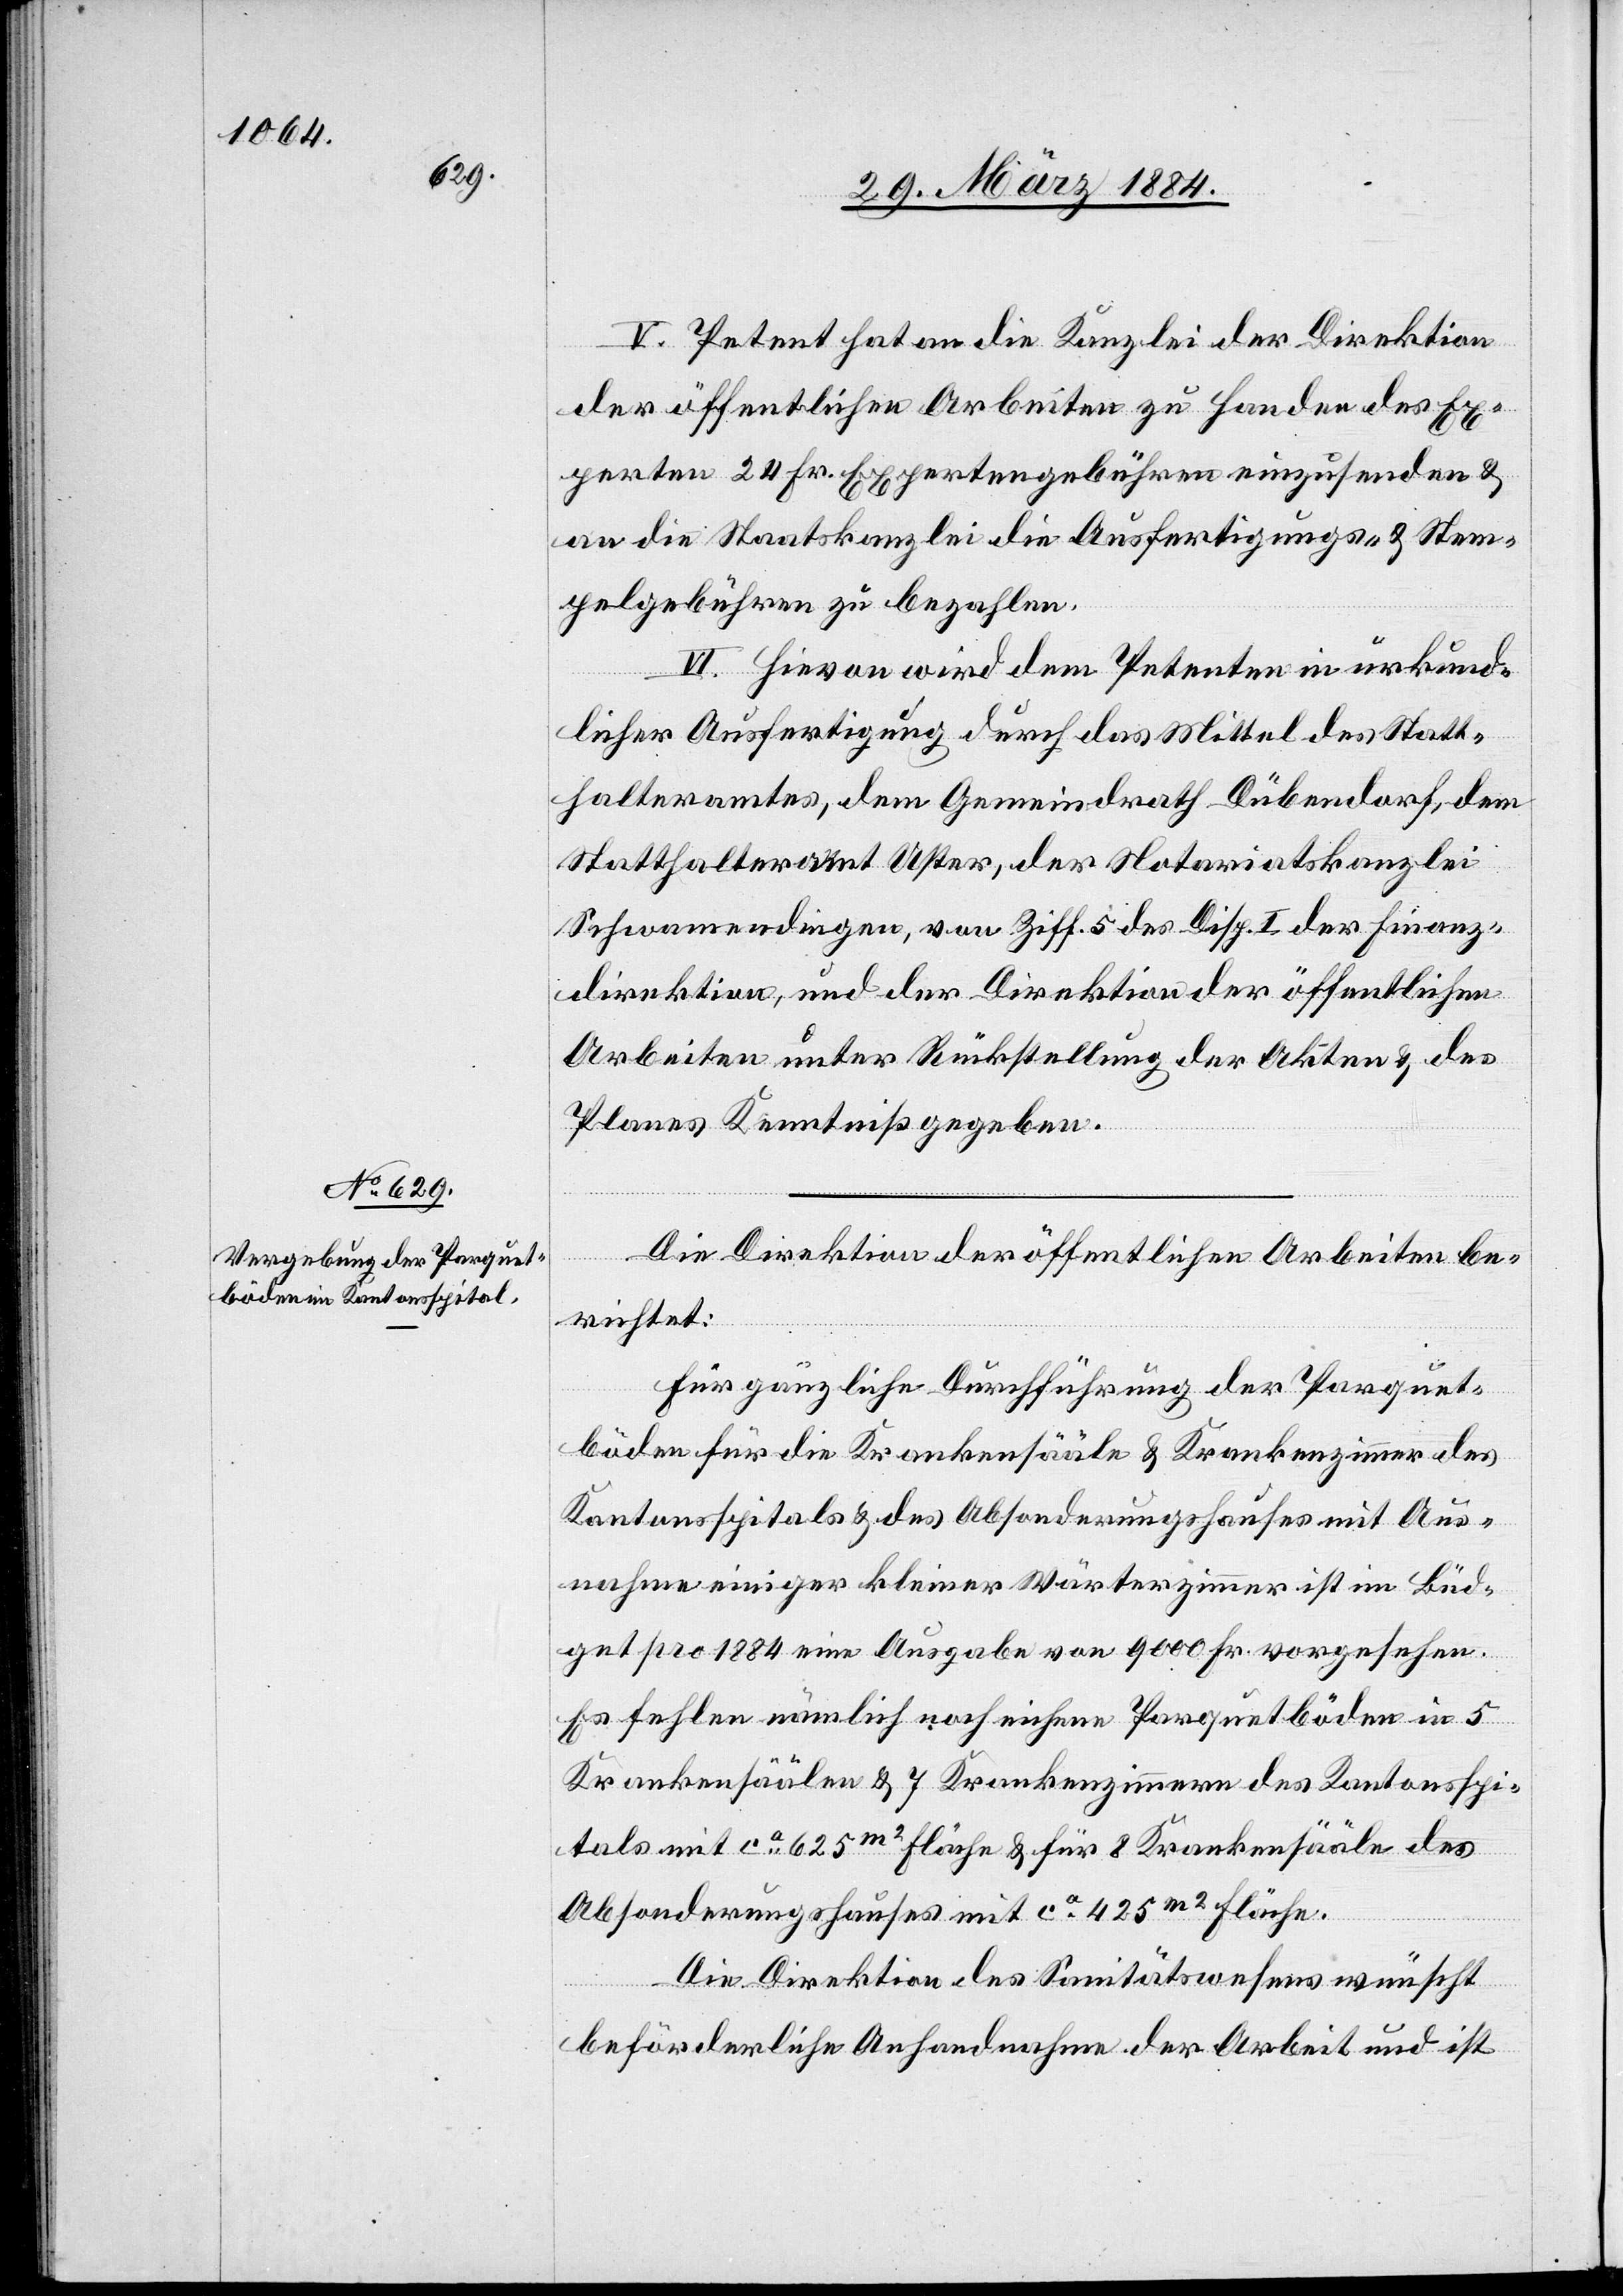
V. Petent hat an die Kanzlei der Direktion
der öffentlichen Arbeiten zu Handen des Ex¬
perten 24 Fr. Expertengebühren einzusenden &
an die Staatskanzlei die Ausfertigungs- & Stem¬
pelgebühren zu bezahlen.
VI. Hievon wird dem Petenten in urkund¬
licher Ausfertigung durch das Mittel des Statt¬
halteramtes, dem Gemeindrath Dübendorf, dem
Statthalteramt Uster, der Notariatskanzlei
Schwamedingen, von Ziff. 5 des Disp. I der Finanz¬
direktion, und der Direktion der öffentlichen
Arbeiten unter Rückstellung der Akten & des
Planes Kenntniß gegeben.
Die Direktion der öffentlichen Arbeiten be¬
richtet:
Für gänzliche Durchführung der Parquet¬
böden für die Krankensääle & Krankenzimmer des
Kantonsspitals & des Absonderungshauses mit Aus¬
nahme einiger kleiner Wärterzimmer ist im Büd¬
get pro 1884 eine Ausgabe von 9000 Fr. vorgesehen.
Es fehlen nämlich noch eichene Parquetböden in 5
Krankensäälen & 7 Krankenzimmern des Kantonsspi¬
tals mit ca 625 m2 Fläche & für 8 Krankensääle des
Absonderungshauses mit ca 425 m2 Fläche.
Die Direktion des Sanitätswesens wünscht
beförderliche Anhandnahme der Arbeit und ist